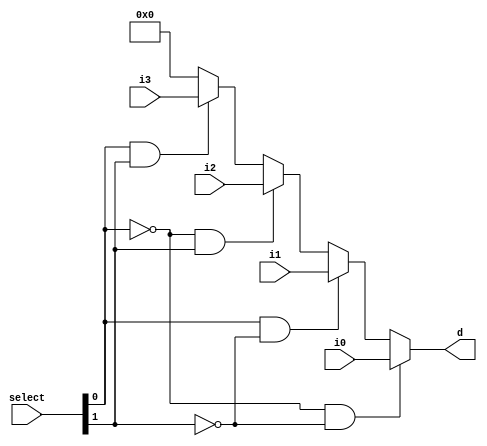
`timescale 1ns / 1ps
//////////////////////////////////////////////////////////////////////////////////
// Company: 
// Engineer: 
// 
// Design Name: 
// Module Name: Mux_behavioral
// Project Name: 
// Target Devices: 
// Tool Versions: 
// Description: 
// 
// Dependencies: 
// 
// Revision:
// Revision 0.01 - File Created
// Additional Comments:
// 
//////////////////////////////////////////////////////////////////////////////////


module mux(
    input [16:0] i0,
    input [16:0] i1,
    input [16:0] i2,
    input [16:0] i3,
    input [1:0] select,
    output reg [16:0] d
    );
    
    
    always @(i0,i1,i2,i3,select[0],select[1])
    begin
        d = 0;
        
        if(select[0]==1'b0 && select[1]==1'b0) begin
              d=i0; 
        end     
        else if(select[0]==1'b1 && select[1]==1'b0) begin
              d=i1; 
        end
        else if(select[0]==1'b0 && select[1]==1'b1) begin
              d=i2; 
        end
        else if(select[0]==1'b1 && select[1]==1'b1) begin
              d=i3; 
        end
    end    
    
endmodule